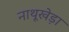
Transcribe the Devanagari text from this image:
नाथूखेड़ा